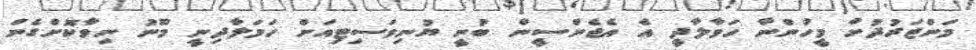
މަންޒަރުދުށް މީހުންނާ ހަވާލާދީ އެ އެޖެންސީން ބުނީ ޔުނިވަސިޓިއަށް ހަމަލާދިނީ މޫނު ނިވާކޮށްގެން